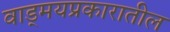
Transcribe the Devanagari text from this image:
वाड्मयप्रकारातील